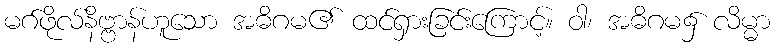
မဂ်ဖိုလ်နိဗ္ဗာန်ဟူသော အဓိဂမ၏ ထင်ရှားခြင်းကြောင့်။ ဝါ၊ အဓိဂမ၌ လိမ္မာ